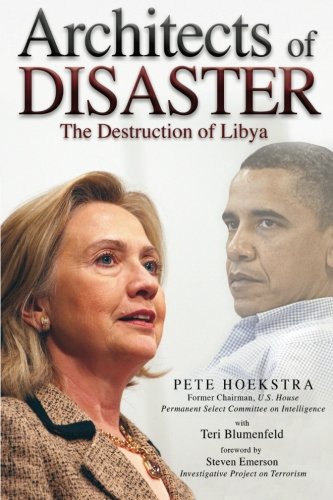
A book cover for Architects of Disaster: The Destruction of Libya (The Calamo Press); Peter Hoekstra; Politics & Social Sciences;